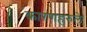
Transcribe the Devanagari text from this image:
कारणहरुले